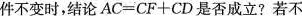
件不变时，结论$$A C = C F + C D$$是否成立?若不